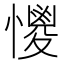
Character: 𢣌